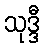
သုဒ္ဒီ